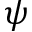
\psi